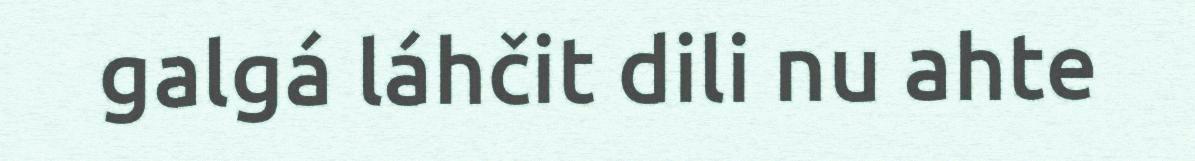
galgá láhčit dili nu ahte